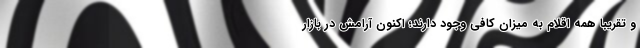
و تقریبا همه اقلام به میزان کافی وجود دارند؛ اکنون آرامش در بازار